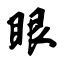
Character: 眼